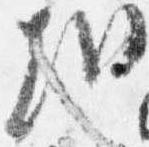
哉